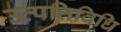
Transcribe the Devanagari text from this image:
उत्पत्तिविधि